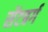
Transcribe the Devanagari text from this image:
सेंटबर्ग